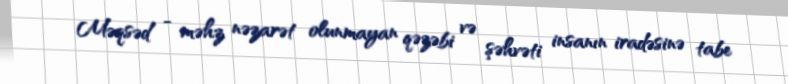
Məqsəd - məhz nəzarət olunmayan qəzəbi və şəhvəti insanın iradəsinə tabe